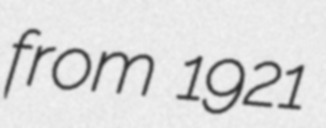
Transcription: from 1921